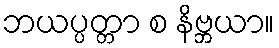
ဘယပ္ပတ္တာ စ နိဗ္ဘယာ။